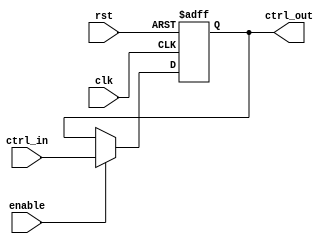
module control_register (
    input wire clk,                  // Clock signal
    input wire rst,                  // Asynchronous reset signal
    input wire enable,               // Enable signal for updating the register
    input wire [N-1:0] ctrl_in,      // Control inputs (N-bit)
    output reg [N-1:0] ctrl_out      // Control outputs (N-bit)
);
    parameter N = 8; // Define the width of the control register (number of bits)

    // Asynchronous reset behavior
    always @(posedge clk or posedge rst) begin
        if (rst) begin
            ctrl_out <= {N{1'b0}}; // Set all bits to 0 on reset
        end else if (enable) begin
            ctrl_out <= ctrl_in;   // Update control output if enabled
        end
        // If enable is low, retain previous state
    end

endmodule